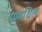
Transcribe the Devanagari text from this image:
ग्रामथिल